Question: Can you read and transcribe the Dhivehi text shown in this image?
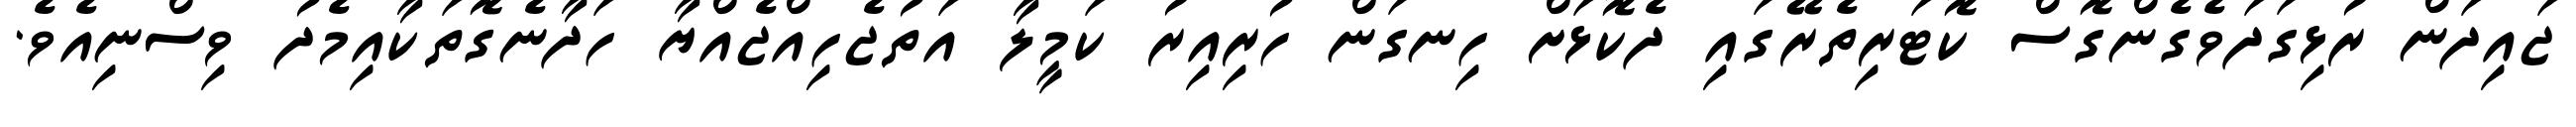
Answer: ޖައިދަން ރުޅިގަދަވެގެންގޮސް ކޮޓަރިތެރޭގައި ދެކޮޅަށް ހިނގަން ހުރިއިރު ކަމީލާ އަތުޖެހިއްޖެއްޔާ ހަދާނެގޮތަކާއިމެދު ވިސްނިއެވެ.